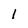
Character: 1